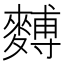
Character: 𪍡